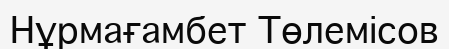
Нұрмағамбет Төлемісов